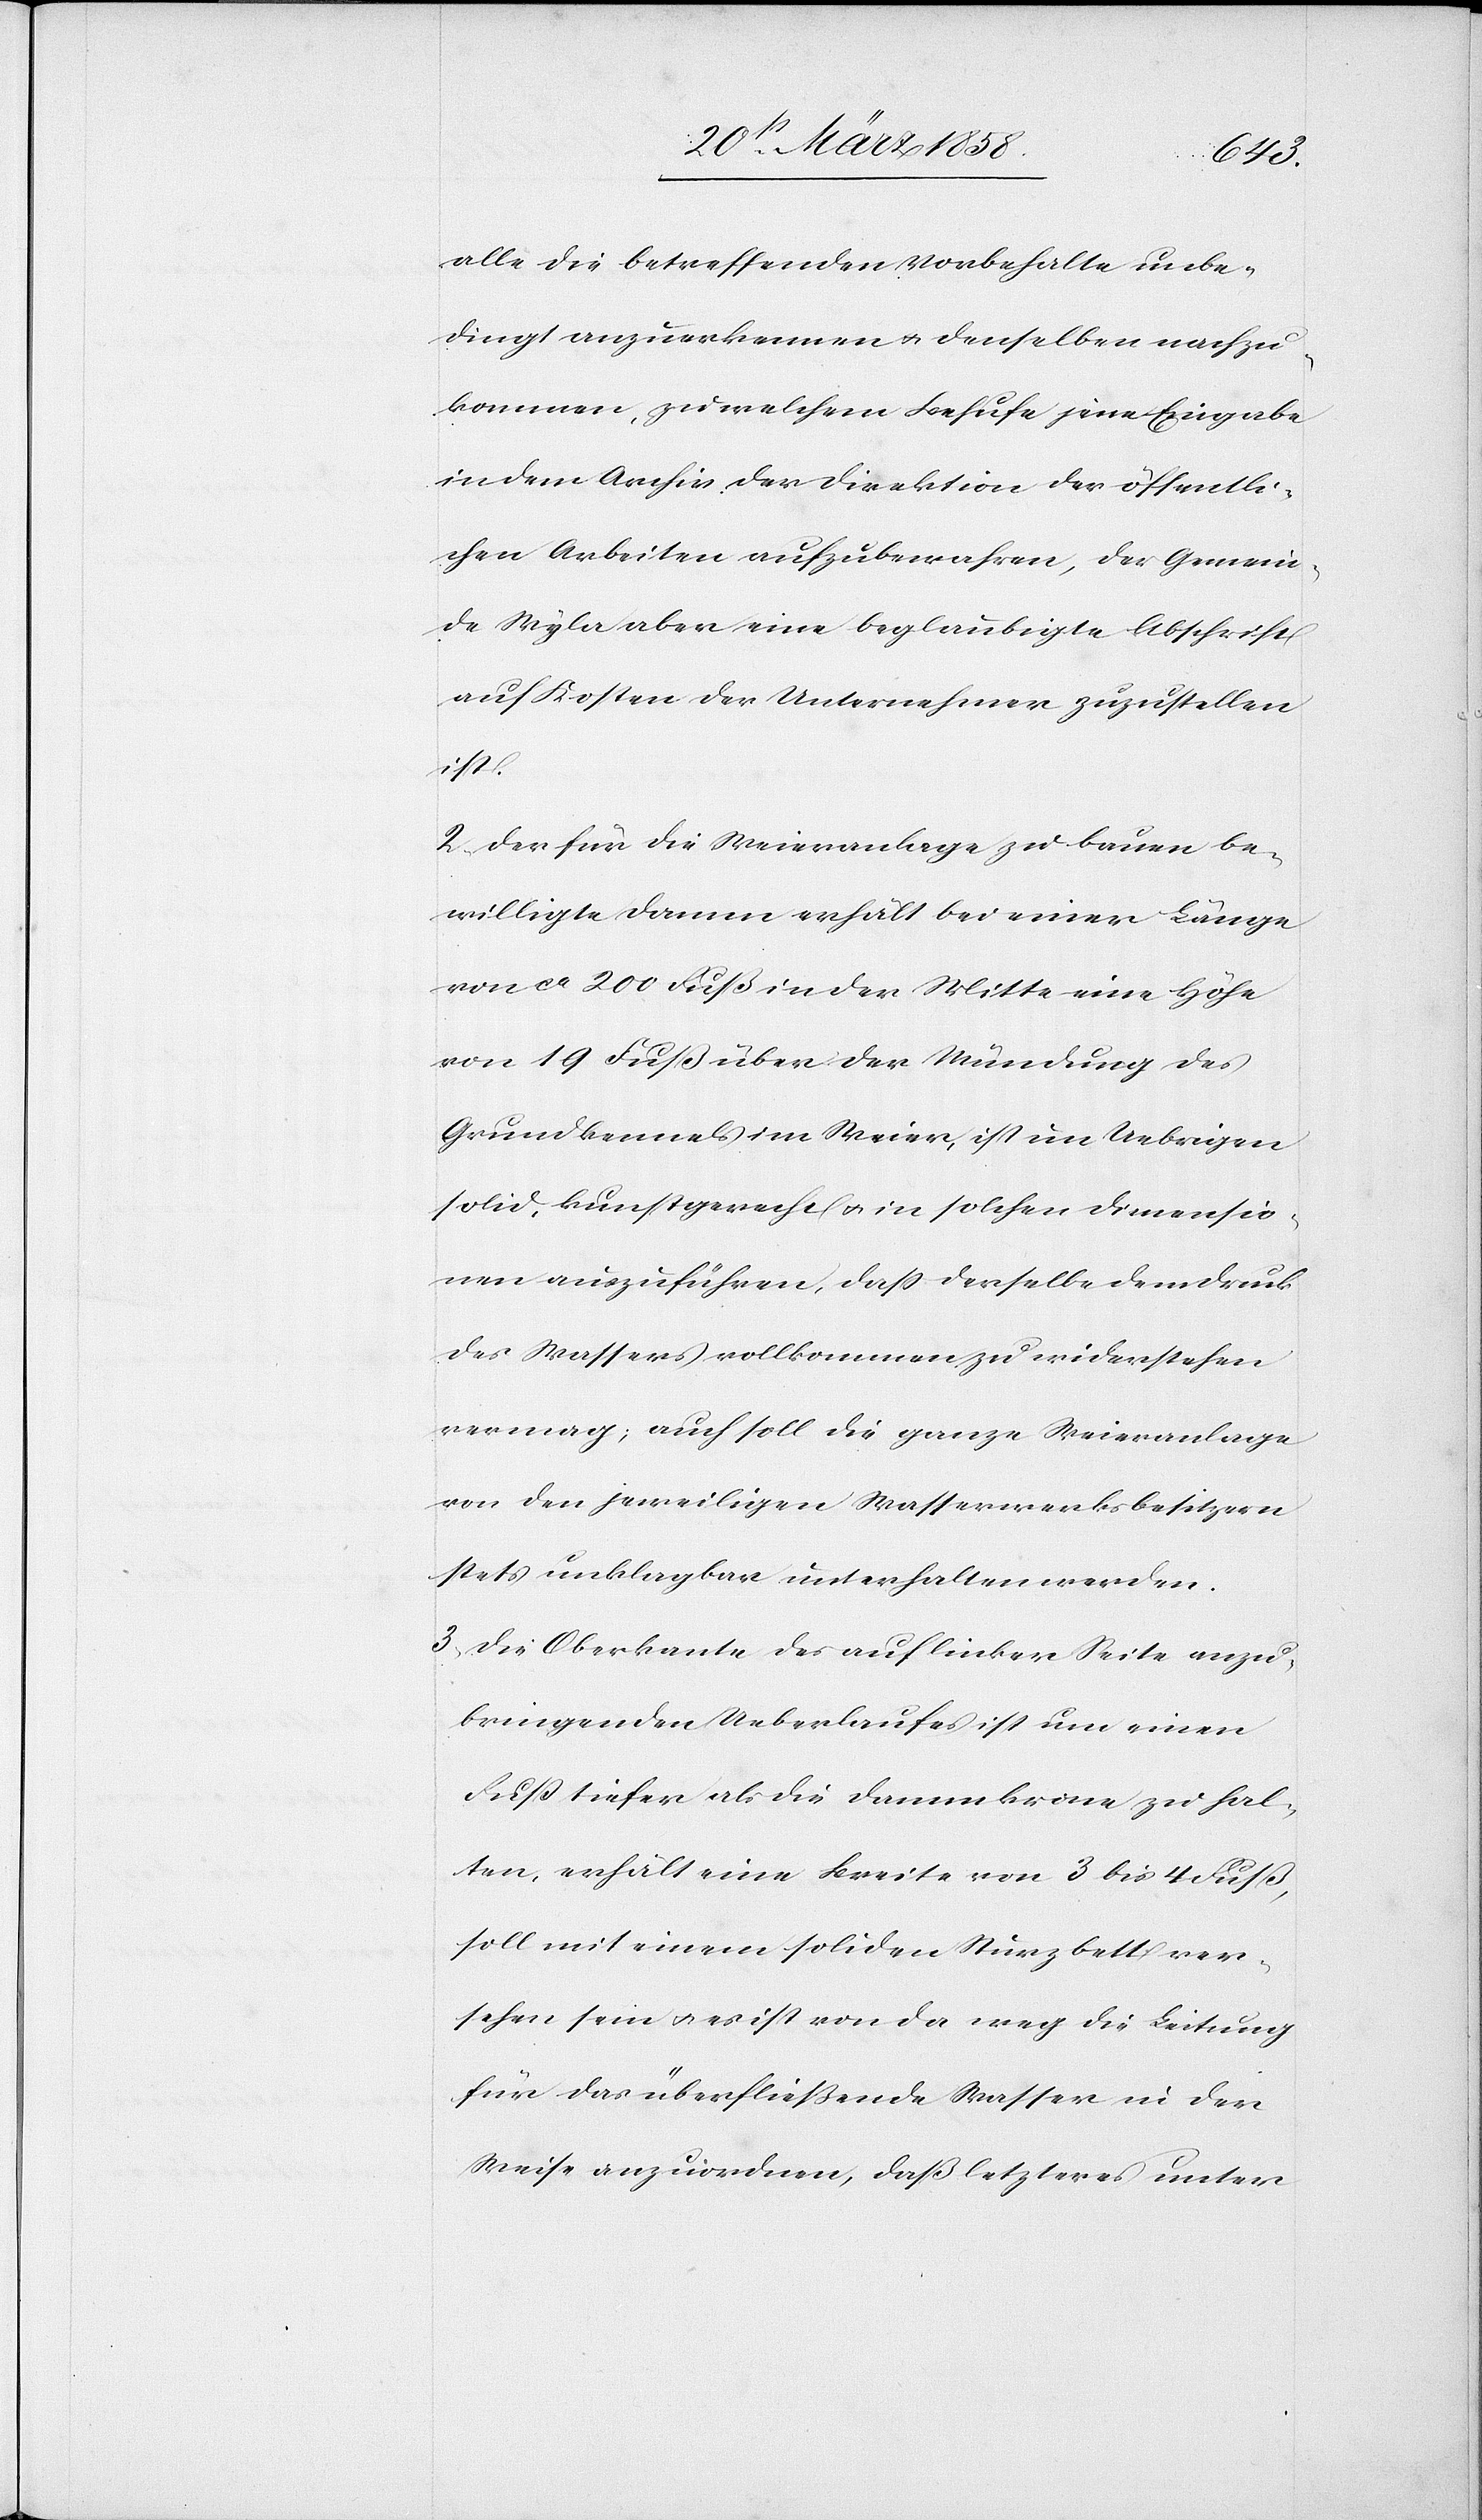
alle die betreffenden Vorbehalte unbe¬
dingt anzuerkennen u. denselben nachzu¬
kommen, zu welchem Behufe jene Eingabe
in dem Archiv der Direktion der öffentli¬
chen Arbeiten aufzubewahren, der Gemein¬
de Wyla aber eine beglaubigte Abschrift
auf Kosten der Unternehmer zuzustellen
ist.
2. Der für die Weieranlage zu bauen be¬
willigte Damm erhält bei einer Länge
von ca 200 Fuß in der Mitte eine Höhe
von 19 Fuß über der Mündung des
Grundkennels im Weier, ist im Uebrigen
solid, kunstgerecht u. in solchen Dimensio¬
nen auszuführen, daß derselbe dem Druck
des Wassers vollkommen zu widerstehen
vermag; auch soll die ganze Weieranlage
von den jeweiligen Wasserwerksbesitzern
stets unklagbar unterhalten werden.
3. Die Oberkante des auf linker Seite anzu¬
bringenden Ueberlaufes ist um einen
Fuß tiefer als die Dammkrone zu hal¬
ten, erhält eine Breite von 3 bis 4 Fuß,
soll mit einem soliden Sturzbett ver¬
sehen sein u. es ist von da weg die Leitung
für das überließende Wasser in der
Weise anzuordnen, daß letzteres unter